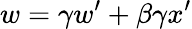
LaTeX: w=\gamma w^{\prime}+\beta\gamma x^{\prime}